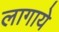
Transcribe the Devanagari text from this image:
लागाये